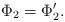
LaTeX: \begin{align*}\Phi_2=\Phi_2'. \end{align*}